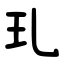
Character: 玌